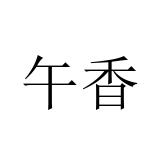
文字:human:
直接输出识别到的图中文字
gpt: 午香